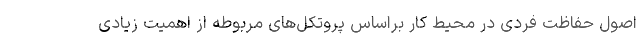
اصول حفاظت فردی در محیط کار براساس پروتکل‌های مربوطه از اهمیت زیادی